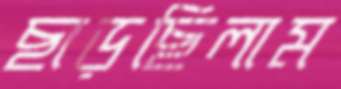
ছাড়ছিলাম